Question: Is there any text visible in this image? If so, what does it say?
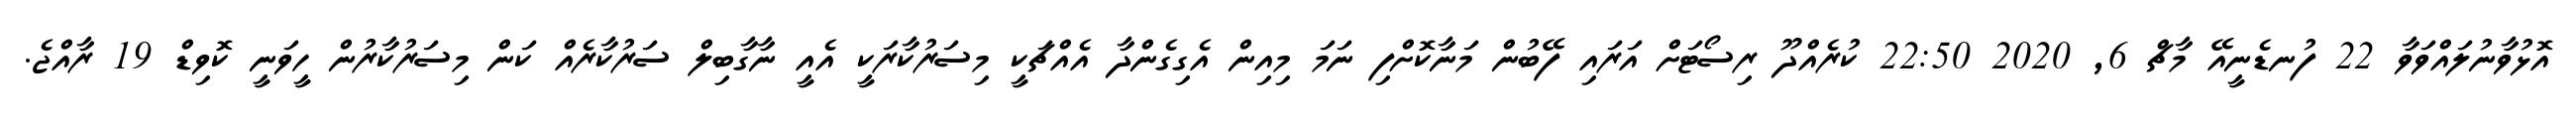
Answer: އޮޅުވާނުލައްވަވާ 22 ފުނޑެނީއޭ މާޗް 6, 2020 22:50 ކުރެއްދޫ ރިސޯޓަށް އަރައި ފޭބުން މަނާކޮށްފި ނަމަ މިއިން އެގިގެންދާ އެއްޗަކީ މިސަރުކާރަކީ އެއީ ނާގާބިލް ސަރުކާރެއް ކަން މިސަރުކާރުން ހީވަނީ ކޮވިޑް 19 ރާއްޖެ.